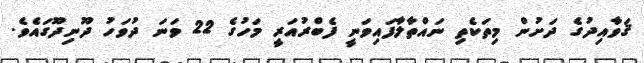
ޤަވާއިދުގެ ދަށުން މިތަކެތި ނައްތާލާފައިވަނީ ފެބްރުއަރީ މަހުގެ 22 ވަނަ ދުވަހު ދޫނިދޫގައެވެ.